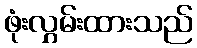
ဖုံးလွှမ်းထားသည်